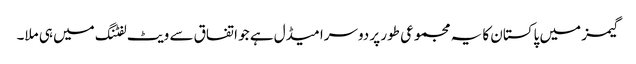
گیمز میں پاکستان کا یہ مجموعی طور پر دوسرا میڈل ہے جو اتفاق سے ویٹ لفٹنگ میں ہی ملا۔